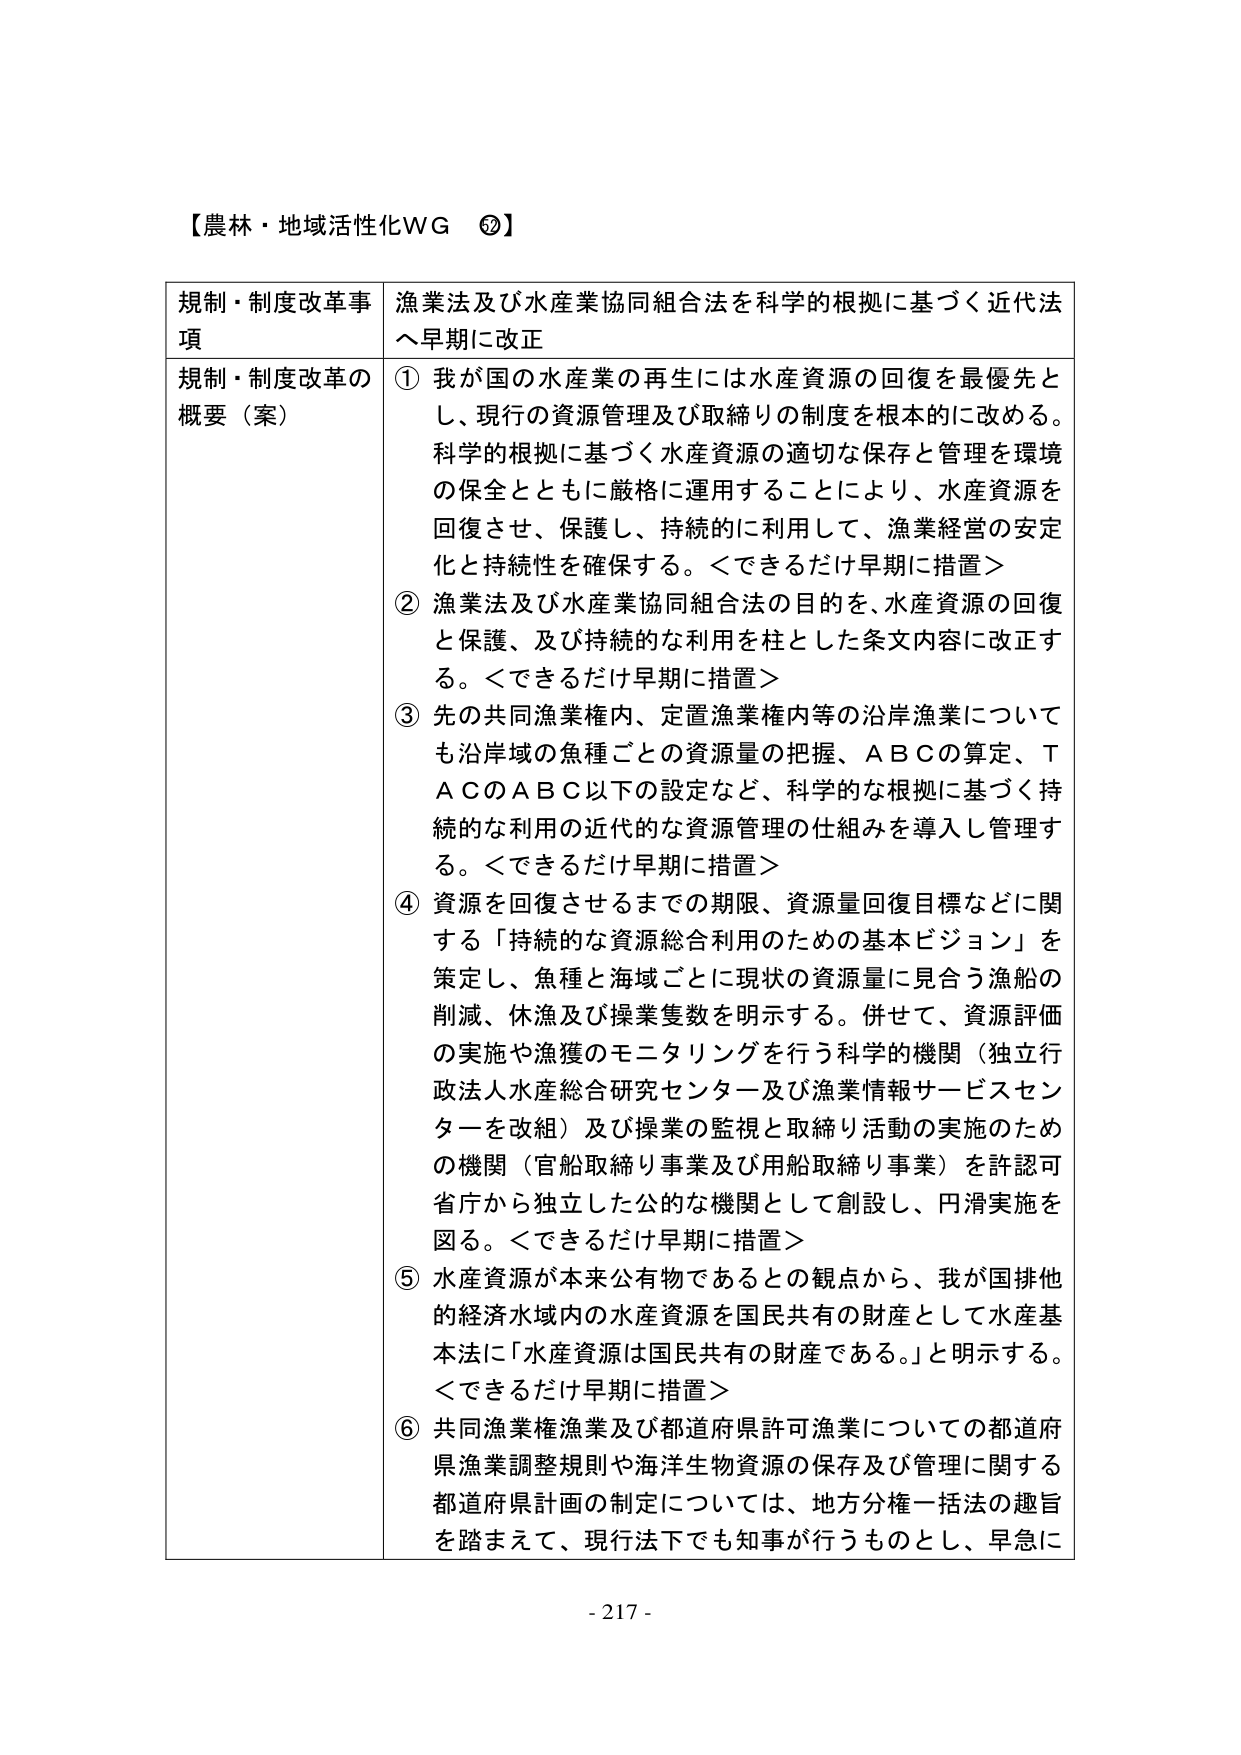
【農林・地域活性化WG ⑤】

規制・制度改革事項　漁業法及び水産業協同組合法を科学的根拠に基づく近代法へ早期に改正

規制・制度改革の概要（案）

① 我が国の水産業の再生には水産資源の回復を最優先とし、現行の資源管理及び取締りの制度を根本的に改める。科学的根拠に基づく水産資源の適切な保存と管理を環境の保全とともに厳格に運用することにより、水産資源を回復させ、保護し、持続的に利用して、漁業経営の安定化と持続性を確保する。＜できるだけ早期に措置＞

② 漁業法及び水産業協同組合法の目的を、水産資源の回復と保護、及び持続的な利用を柱とした条文内容に改正する。＜できるだけ早期に措置＞

③ 先の共同漁業権内、定置漁業権内等の沿岸漁業についても沿岸域の魚種ごとの資源量の把握、ＡＢＣの算定、ＴＡＣのＡＢＣ以下の設定など、科学的な根拠に基づく持続的な利用の近代的な資源管理の仕組みを導入し管理する。＜できるだけ早期に措置＞

④ 資源を回復させるまでの期限、資源量回復目標などに関する「持続的な資源総合利用のための基本ビジョン」を策定し、魚種と海域ごとに現状の資源量に見合う漁船の削減、休漁及び操業隻数を明示する。併せて、資源評価の実施や漁獲のモニタリングを行う科学的機関（独立行政法人水産総合研究センター及び漁業情報サービスセンターを改組）及び操業の監視と取締り活動の実施のための機関（官船取締り事業及び用船取締り事業）を許認可省庁から独立した公的な機関として創設し、円滑実施を図る。＜できるだけ早期に措置＞

⑤ 水産資源が本来公有物であるとの観点から、我が国排他的経済水域内の水産資源を国民共有の財産として水産基本法に「水産資源は国民共有の財産である。」と明示する。＜できるだけ早期に措置＞

⑥ 共同漁業権漁業及び都道府県許可漁業についての都道府県漁業調整規則や海洋生物資源の保存及び管理に関する都道府県計画の制定については、地方分権一括法の趣旨を踏まえて、現行法下でも知事が行うものとし、早急に

- 217 -